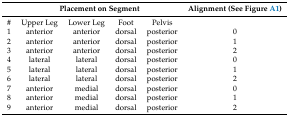
<table><thead><tr><td></td><td colspan="4"><b>Placement on Segment</b></td><td><b>Alignment (See Figure A1)</b></td></tr></thead><tbody><tr><td>#</td><td>Upper Leg</td><td>Lower Leg</td><td>Foot</td><td>Pelvis</td><td></td></tr><tr><td>1</td><td>anterior</td><td>anterior</td><td>dorsal</td><td>posterior</td><td>0</td></tr><tr><td>2</td><td>anterior</td><td>anterior</td><td>dorsal</td><td>posterior</td><td>1</td></tr><tr><td>3</td><td>anterior</td><td>anterior</td><td>dorsal</td><td>posterior</td><td>2</td></tr><tr><td>4</td><td>lateral</td><td>lateral</td><td>dorsal</td><td>posterior</td><td>0</td></tr><tr><td>5</td><td>lateral</td><td>lateral</td><td>dorsal</td><td>posterior</td><td>1</td></tr><tr><td>6</td><td>lateral</td><td>lateral</td><td>dorsal</td><td>posterior</td><td>2</td></tr><tr><td>7</td><td>anterior</td><td>medial</td><td>dorsal</td><td>posterior</td><td>0</td></tr><tr><td>8</td><td>anterior</td><td>medial</td><td>dorsal</td><td>posterior</td><td>1</td></tr><tr><td>9</td><td>anterior</td><td>medial</td><td>dorsal</td><td>posterior</td><td>2</td></tr></tbody></table>